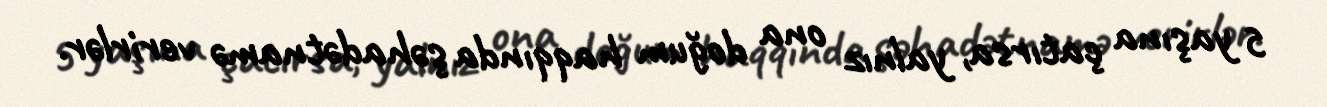
5 yaşına çatırsa, yalnız ona doğum haqqında şəhadətnamə verirlər.